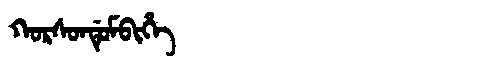
Manchu: ᡴᠣᡵᠰᠣᠨᡩᡠᠮᠪᡳᡥᡝ
Romanization: KORSONDUMBIHE